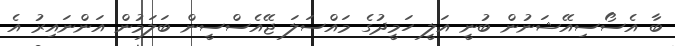
ބާ އެސޯސިއޭޝަނުން ބުނީ އަލީ ހަމީދުގެ މައްސަލަ ޖޭއެސްސީން ބަލަމުން އަންނައިރު އެ